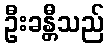
ဦးခန္တီသည်